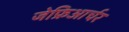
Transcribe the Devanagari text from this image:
जेफ्रिआर्चर